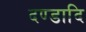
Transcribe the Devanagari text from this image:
दण्डादि